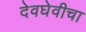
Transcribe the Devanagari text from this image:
देवघेवीचा